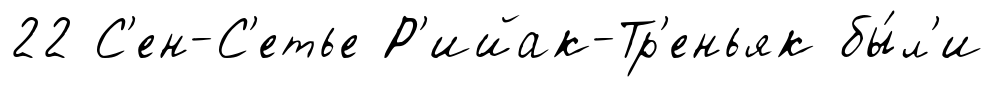
22 С'ен-С'етье Р'ийак-Тр'еньяк бы́л'и